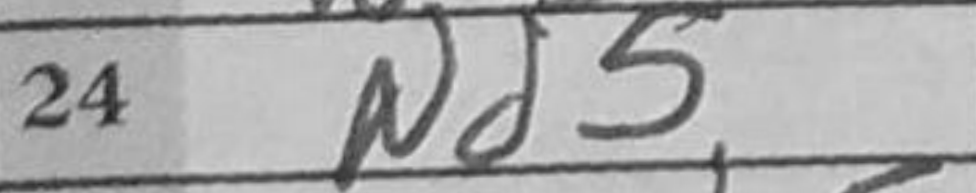
Transcription: Nd5